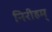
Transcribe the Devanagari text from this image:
निरीहम्